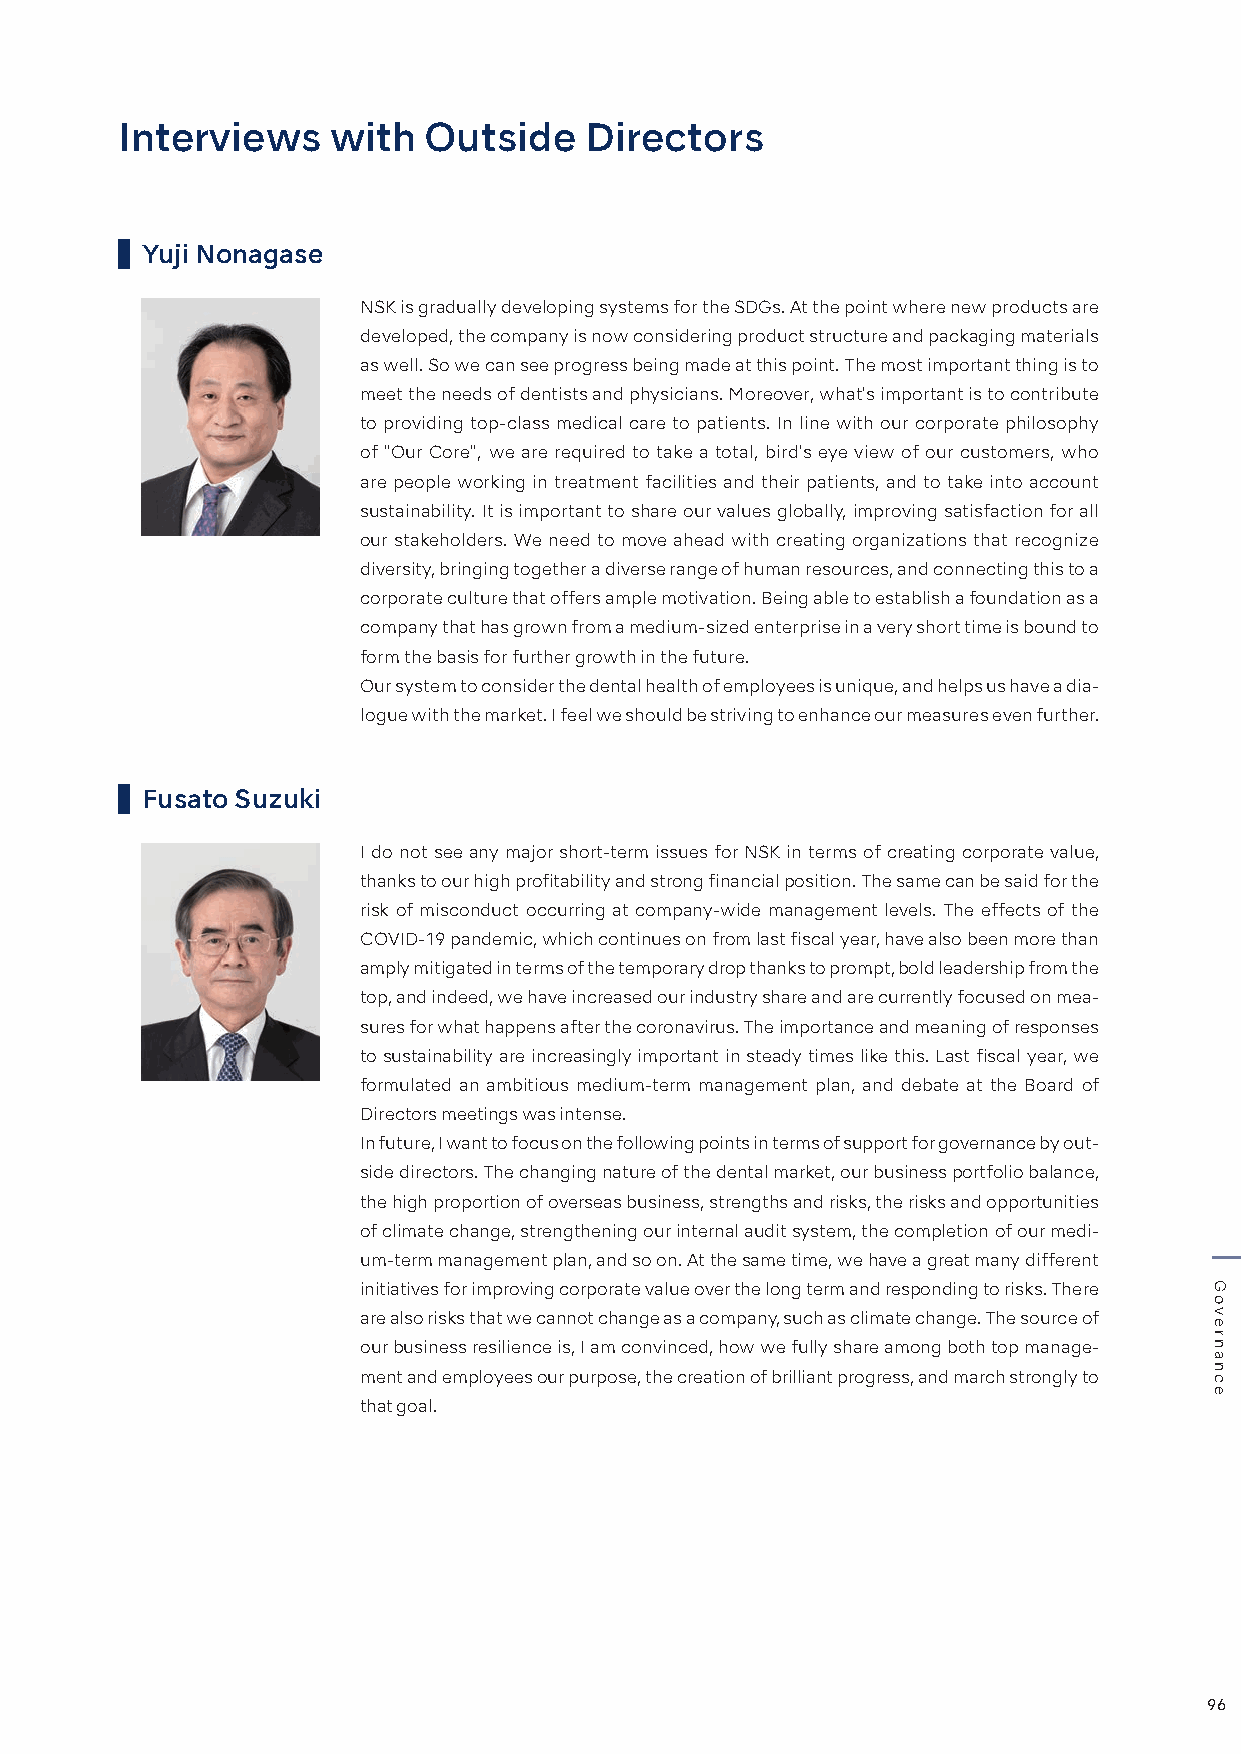
Interviews    with  Outside    Directors
 Yuji Nonagase
 NSK is gradually developing systems for the SDGs. At the point where new products are
 developed, the company is now considering product structure and packaging materials
 as well. So we can see progress being made at this point. The most important thing is to
 meet the needs of dentists and physicians. Moreover, what's important is to contribute
 to providing top-class medical care to patients. In line with our corporate philosophy
 of "Our Core", we are required to take a total, bird's eye view of our customers, who
 are people working in treatment facilities and their patients, and to take into account
 sustainability. It is important to share our values globally, improving satisfaction for all
 our stakeholders. We need to move ahead with creating organizations that recognize
 diversity, bringing together a diverse range of human resources, and connecting this to a
 corporate culture that offers ample motivation. Being able to establish a foundation as a
 company that has grown from a medium-sized enterprise in a very short time is bound to
 form the basis for further growth in the future.
 Our system to consider the dental health of employees is unique, and helps us have a dia-
 logue with the market. I feel we should be striving to enhance our measures even further.
 Fusato Suzuki
 I do not see any major short-term issues for NSK in terms of creating corporate value,
 thanks to our high profitability and strong financial position. The same can be said for the
 risk of misconduct occurring at company-wide management levels. The effects of the
 COVID-19 pandemic, which continues on from last fiscal year, have also been more than
 amply mitigated in terms of the temporary drop thanks to prompt, bold leadership from the
 top, and indeed, we have increased our industry share and are currently focused on mea-
 sures for what happens after the coronavirus. The importance and meaning of responses
 to sustainability are increasingly important in steady times like this. Last fiscal year, we
 formulated an ambitious medium-term management plan, and debate at the Board of
 Directors meetings was intense.
 In future, I want to focus on the following points in terms of support for governance by out-
 side directors. The changing nature of the dental market, our business portfolio balance,
 the high proportion of overseas business, strengths and risks, the risks and opportunities
 of climate change, strengthening our internal audit system, the completion of our medi-
 um-term management plan, and so on. At the same time, we have a great many different
 initiatives for improving corporate value over the long term and responding to risks. There
 are also risks that we cannot change as a company, such as climate change. The source of
 our business resilience is, I am convinced, how we fully share among both top manage-
 ment and employees our purpose, the creation of brilliant progress, and march strongly to
 that goal.
 96
 Governance